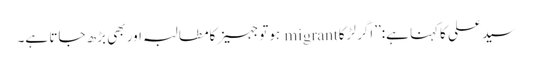
سید علی کاکہنا ہے:’’اگر لڑکا migrant ہوتوجہیزکامطالبہ اور بھی بڑھ جاتا ہے۔